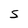
Character: S